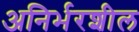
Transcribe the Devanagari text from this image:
अनिर्भरशील